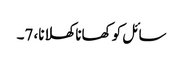
سائل کو کھانا کھلانا، 7۔